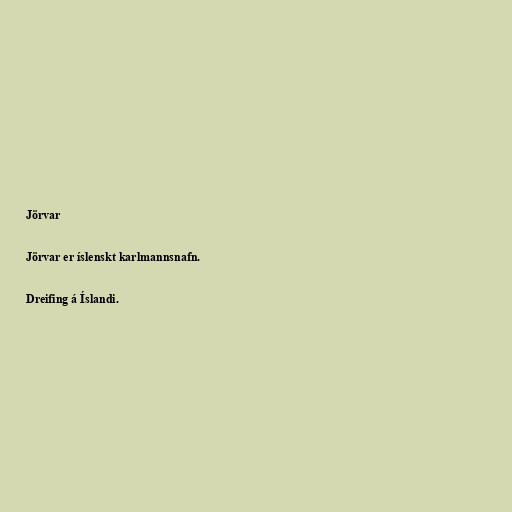
Jörvar

Jörvar er íslenskt karlmannsnafn.

Dreifing á Íslandi.